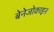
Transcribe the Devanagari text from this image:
बेनेजोकाइन